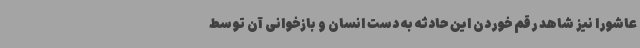
عاشورا نیز شاهد رقم خوردن این حادثه به دست انسان و بازخوانی آن توسط